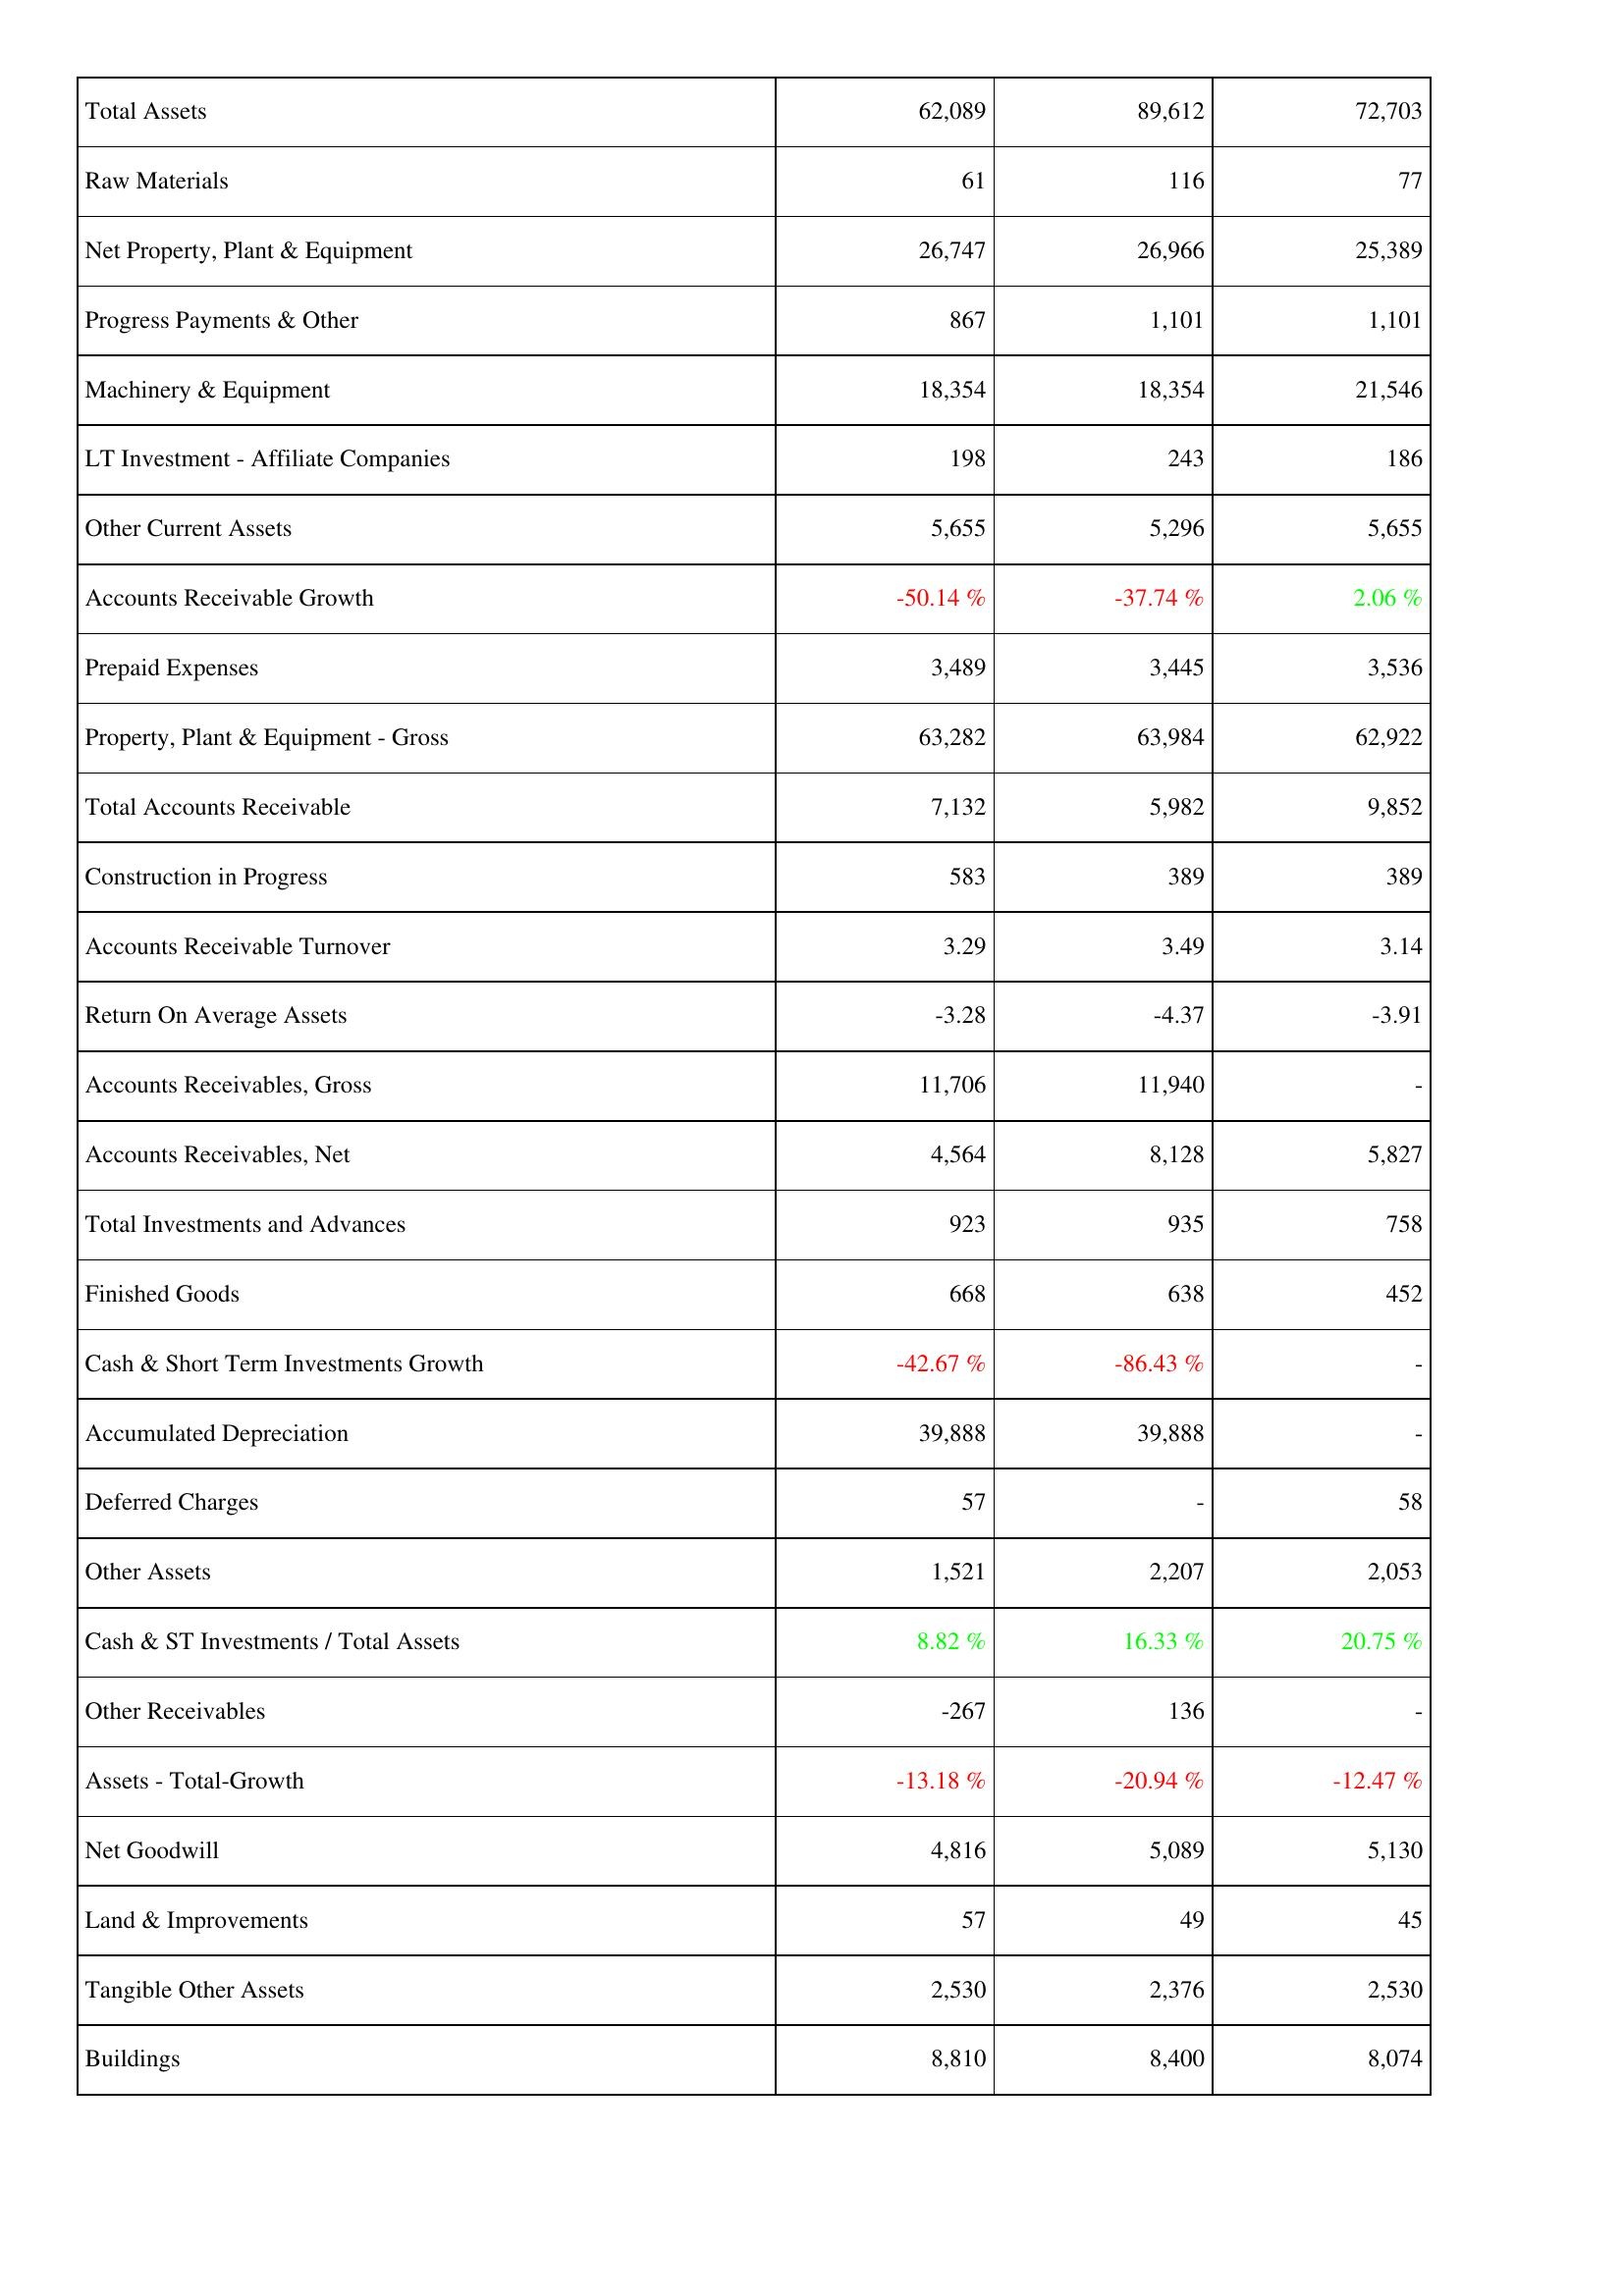
2021: Assets: Total Assets: 62,089
Raw Materials: 61
Net Property, Plant & Equipment: 26,747
Progress Payments & Other: 867
Machinery & Equipment: 18,354
LT Investment - Affiliate Companies: 198
Other Current Assets: 5,655
Accounts Receivable Growth: -50.14 %
Prepaid Expenses: 3,489
Property, Plant & Equipment - Gross: 63,282
Total Accounts Receivable: 7,132
Construction in Progress: 583
Accounts Receivable Turnover: 3.29
Return On Average Assets: -3.28
Accounts Receivables, Gross: 11,706
Accounts Receivables, Net: 4,564
Total Investments and Advances: 923
Finished Goods: 668
Cash & Short Term Investments Growth: -42.67 %
Accumulated Depreciation: 39,888
Deferred Charges: 57
Other Assets: 1,521
Cash & ST Investments / Total Assets: 8.82 %
Other Receivables: -267
Assets - Total-Growth: -13.18 %
Net Goodwill: 4,816
Land & Improvements: 57
Tangible Other Assets: 2,530
Buildings: 8,810
2022: Assets: Total Assets: 89,612
Raw Materials: 116
Net Property, Plant & Equipment: 26,966
Progress Payments & Other: 1,101
Machinery & Equipment: 18,354
LT Investment - Affiliate Companies: 243
Other Current Assets: 5,296
Accounts Receivable Growth: -37.74 %
Prepaid Expenses: 3,445
Property, Plant & Equipment - Gross: 63,984
Total Accounts Receivable: 5,982
Construction in Progress: 389
Accounts Receivable Turnover: 3.49
Return On Average Assets: -4.37
Accounts Receivables, Gross: 11,940
Accounts Receivables, Net: 8,128
Total Investments and Advances: 935
Finished Goods: 638
Cash & Short Term Investments Growth: -86.43 %
Accumulated Depreciation: 39,888
Deferred Charges: -
Other Assets: 2,207
Cash & ST Investments / Total Assets: 16.33 %
Other Receivables: 136
Assets - Total-Growth: -20.94 %
Net Goodwill: 5,089
Land & Improvements: 49
Tangible Other Assets: 2,376
Buildings: 8,400
2023: Assets: Total Assets: 72,703
Raw Materials: 77
Net Property, Plant & Equipment: 25,389
Progress Payments & Other: 1,101
Machinery & Equipment: 21,546
LT Investment - Affiliate Companies: 186
Other Current Assets: 5,655
Accounts Receivable Growth: 2.06 %
Prepaid Expenses: 3,536
Property, Plant & Equipment - Gross: 62,922
Total Accounts Receivable: 9,852
Construction in Progress: 389
Accounts Receivable Turnover: 3.14
Return On Average Assets: -3.91
Accounts Receivables, Gross: -
Accounts Receivables, Net: 5,827
Total Investments and Advances: 758
Finished Goods: 452
Cash & Short Term Investments Growth: -
Accumulated Depreciation: -
Deferred Charges: 58
Other Assets: 2,053
Cash & ST Investments / Total Assets: 20.75 %
Other Receivables: -
Assets - Total-Growth: -12.47 %
Net Goodwill: 5,130
Land & Improvements: 45
Tangible Other Assets: 2,530
Buildings: 8,074